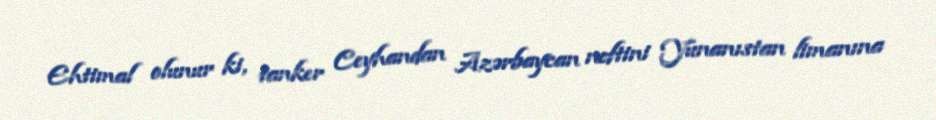
Ehtimal olunur ki, tanker Ceyhandan Azərbaycan neftini Yunanıstan limanına